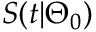
S ( t | \Theta _ { 0 } )